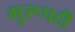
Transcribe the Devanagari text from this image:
गुरूपदी